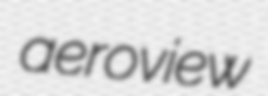
aeroview